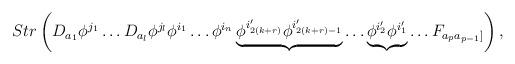
LaTeX: \begin{align*}Str \left(D_{a_1}\phi^{j_1}\ldots D_{a_l}\phi^{j_l}\phi^{i_1}\ldots \phi^{i_n}\underbrace{\phi^{i_{2(k+r)}'}\phi^{i_{2(k+r)-1}'}}\dots \underbrace{\phi^{i_2'}\phi^{i_1'}}\ldots F_{a_pa_{p-1}]} \right),\end{align*}